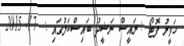
ހަވީރު ފޮޓޯ : ރައީސް ނަޝީދު ބައިސްކަލުގައި :  17